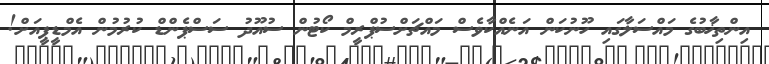
އިންތިޚާބުގެ މައްސަލާގައި ހޫނުކަން އަނެއްކާވެސް މައްޗަށްސުޕްރީމް ކޯޓުން ސުއޫދު ސަސްޕެންޑް ކުރުމުން އެމްޑީޕީއަށް!